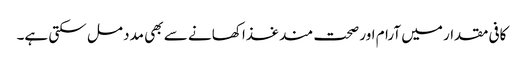
کافی مقدار میں آرام اور صحت مند غذا کھانے سے بھی مدد مل سکتی ہے۔